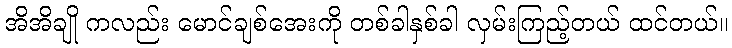
အိအိချို ကလည်း မောင်ချစ်အေးကို တစ်ခါနှစ်ခါ လှမ်းကြည့်တယ် ထင်တယ်။